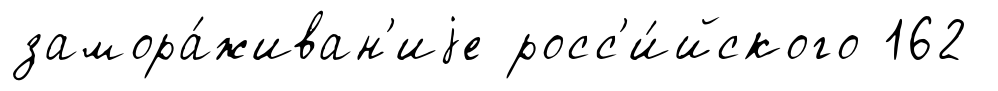
замора́живан'иjе росс'и́йского 162